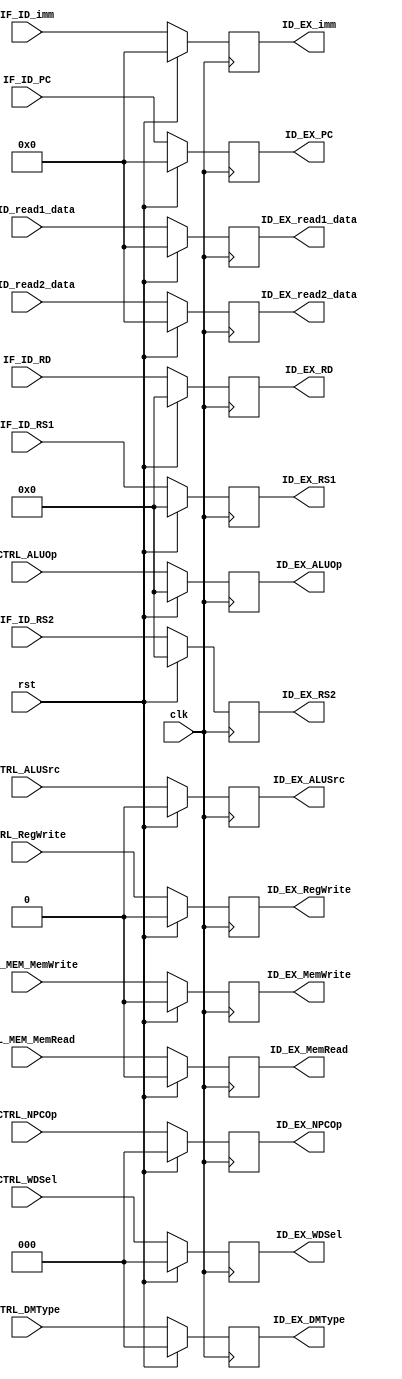
module ID_EX_REF(
    // system input signs
    input clk,
    input rst,

    // ID/EX signs
    input [31:0] IF_ID_PC,
    input [31:0] IF_ID_read1_data,
    input [31:0] IF_ID_read2_data,
    input [31:0] IF_ID_imm,
    input [4:0] IF_ID_RS1,
    input [4:0] IF_ID_RS2,
    input [4:0] IF_ID_RD,
    output reg [31:0] ID_EX_imm,
    output reg [31:0] ID_EX_PC,
    output reg [31:0] ID_EX_read1_data,
    output reg [31:0] ID_EX_read2_data,
    output reg [4:0] ID_EX_RS1,
    output reg [4:0] ID_EX_RS2,
    output reg [4:0] ID_EX_RD,

    //WB 
    input       CTRL_RegWrite, // control signal for register write
    input [2:0] CTRL_WDSel,
    output reg  ID_EX_RegWrite,
    output reg [2:0] ID_EX_WDSel,


    //MEM 
    input       CTRL_MEM_MemRead,  // control signal for memory read
    input       CTRL_MEM_MemWrite, // control signal for memory write
    input [2:0] CTRL_DMType,
    output reg  ID_EX_MemWrite,
    output reg  ID_EX_MemRead,
    output reg  [2:0] ID_EX_DMType,

    //EX
    input  CTRL_ALUSrc,   // ALU source for A
    input [4:0] CTRL_ALUOp,    // ALU opertion
    input [2:0] CTRL_NPCOp,
    output reg  ID_EX_ALUSrc,
    output reg [4:0] ID_EX_ALUOp,
    output reg [2:0] ID_EX_NPCOp
    );
    

    always @(posedge clk) begin
        if (rst) begin
            //
            ID_EX_PC <= 0;
            ID_EX_read1_data <= 0;
            ID_EX_read2_data <= 0;
            ID_EX_imm <= 0;
            ID_EX_RS1 <= 0;
            ID_EX_RS2 <= 0;
            ID_EX_RD <= 0;
            ID_EX_RegWrite <= 0;
            ID_EX_MemWrite <= 0;
            ID_EX_ALUSrc <= 0;
            ID_EX_ALUOp <= 0;
            ID_EX_NPCOp <= 0;
            ID_EX_WDSel <= 0;
            ID_EX_MemRead <= 0;
            ID_EX_DMType <= 0;
        end 
        else begin
                ID_EX_PC <= IF_ID_PC;
                ID_EX_read1_data <= IF_ID_read1_data;
                ID_EX_read2_data <= IF_ID_read2_data;
                ID_EX_imm <= IF_ID_imm;
                ID_EX_RS1 <= IF_ID_RS1;
                ID_EX_RS2 <= IF_ID_RS2;
                ID_EX_RD <= IF_ID_RD;
                ID_EX_RegWrite <= CTRL_RegWrite;
                ID_EX_MemWrite <= CTRL_MEM_MemWrite;
                ID_EX_ALUSrc <= CTRL_ALUSrc;
                ID_EX_ALUOp <= CTRL_ALUOp;
                ID_EX_NPCOp <= CTRL_NPCOp;
                ID_EX_WDSel <= CTRL_WDSel;
                ID_EX_MemRead <= CTRL_MEM_MemRead;
                ID_EX_DMType <= CTRL_DMType;
            end
        end

endmodule